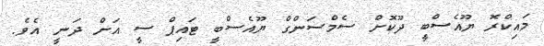
މައިކްރޮ ޔޫއެސްބީ ދޫކޮށް ސެމްސަންގް ޔޫއެސްބީ ޓައިޕް ސީ އަށް ދަނީ އެވެ.